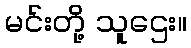
မင်းတို့ သူဌေး။